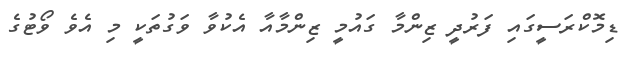
ޑިމޮކްރަސީގައި ފަރުދީ ޒިންމާ ގައުމީ ޒިންމާއާ އެކުވާ ވަގުތަކީ މި އެވެ ވޯޓުގެ